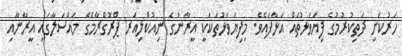
ހަރުކަށި ދަތިކުރުމުގެ ފިޔަވަޅުތައް އަޅާފައެވެ. މިފިޔަވަޅުތަކަކީ އީރާނުގެ ނިއުކްލިއަރ ޕްރޮގްރާމްގެ މައްސަލާގައި އީރާނާއި